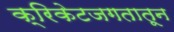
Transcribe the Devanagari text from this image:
क्रिकेटजगतातून